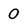
Character: 0